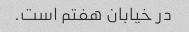
در خیابان هفتم است.